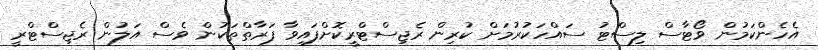
އެހެންކަމުން ވޯޓާސް ލިސްޓު ސައްހަކުރުމަށް ކުރިން ރެޖިސްޓްރީކޮށްފައިވާ ފަރާތްތަކުން ވެސް އަލުން ރެޖިސްޓްރީ